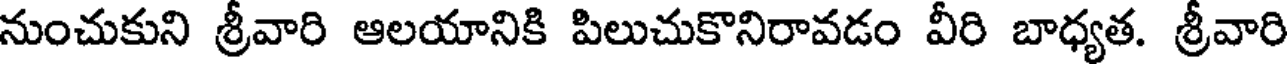
నుంచుకుని శ్రీవారి ఆలయానికి పిలుచుకొనిరావడం వీరి బాధ్యత. శ్రీవారి